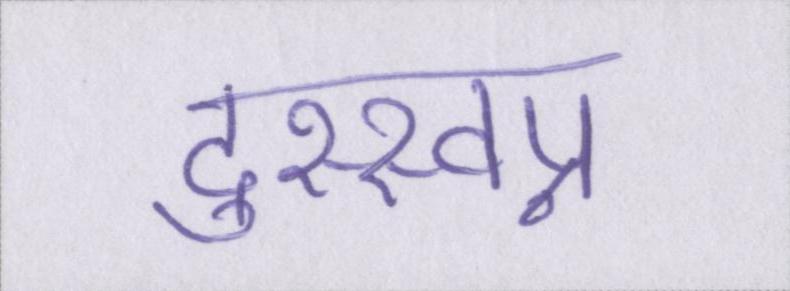
दुस्स्वप्न